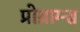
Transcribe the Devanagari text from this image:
प्रोग्राम्‍स